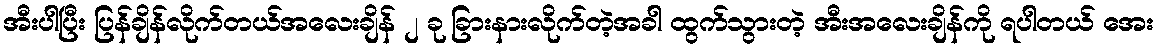
အီးပါပြီး ပြန်ချိန်လိုက်တယ်အလေးချိန် ၂ ခု ခြားနားလိုက်တဲ့အခါ ထွက်သွားတဲ့ အီးအလေးချိန်ကို ရပါတယ် အေး